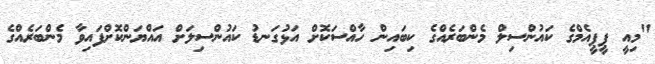
"މިއީ ޕީޕީއެމްގެ ކައުންސިލް މެންބަރެއްގެ ކިބައިން ހާއްސަކޮށް އަޅުގަނޑު ކައުންސިލަށް އައްޔަންކޮށްފައިވާ މެންބަރެއްގެ